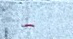
-